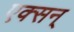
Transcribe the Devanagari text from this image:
एक्सन्